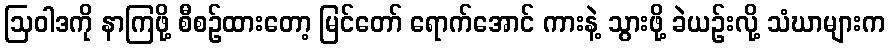
ဩဝါဒကို နာကြဖို့ စီစဉ်ထားတော့ မြင်တော် ရောက်အောင် ကားနဲ့ သွားဖို့ ခဲယဉ်းလို့ သံဃာများက